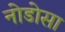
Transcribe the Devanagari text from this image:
नोडोसा